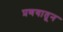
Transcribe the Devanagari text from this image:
प्रणयातून